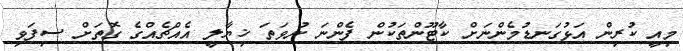
މިއީ ކުރިން އަޅުގަނޑުމެންނަށް ކާޓޫންތަކުން ފެންނަ ނުވަތަ ޚިޔާލީ އެއްޗެއްގެ ގޮތަށް ސިފަވި